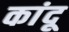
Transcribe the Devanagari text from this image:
कांदू